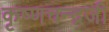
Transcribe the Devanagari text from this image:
कृष्‍णचन्‍द्रजी